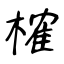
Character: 榷